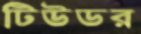
টিউডর